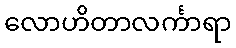
လောဟိတာလင်္ကာရာ